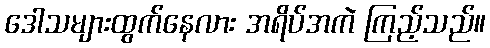
ဒေါသများထွက်နေလား အရိပ်အကဲ ကြည့်သည်။